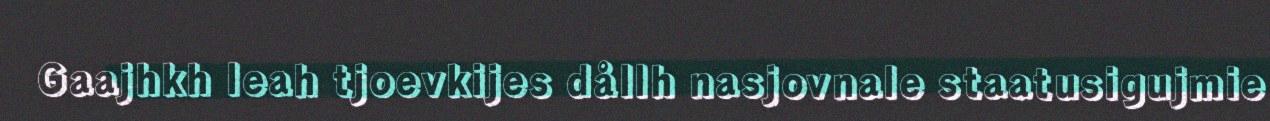
Gaajhkh leah tjoevkijes dållh nasjovnale staatusigujmie